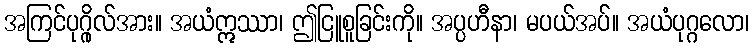
အကြင်ပုဂ္ဂိုလ်အား။ အယံဣဿာ၊ ဤငြူစူခြင်းကို။ အပ္ပဟီနာ၊ မပယ်အပ်။ အယံပုဂ္ဂလော၊